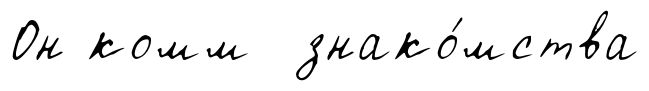
Он комм знако́мства